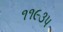
૧૧૯૩૫